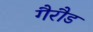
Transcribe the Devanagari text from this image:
गैरौड